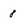
Character: 8